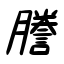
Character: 謄